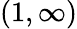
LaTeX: (1,\infty)